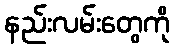
နည်းလမ်းတွေကို